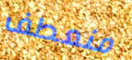
منعطف